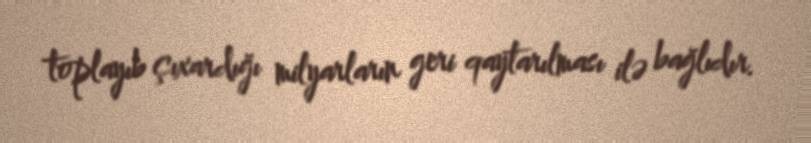
toplayıb çıxardığı milyarların geri qaytarılması ilə bağlıdır.